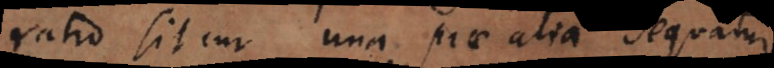
ratio sit cur una prae alia sequatur,